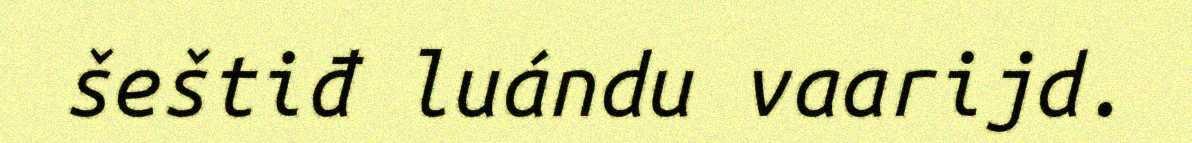
šeštiđ luándu vaarijd.